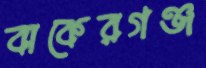
বাকেরগঞ্জ